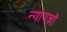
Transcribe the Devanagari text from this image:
न्यायज्ञों